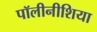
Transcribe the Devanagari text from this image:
पॉलीनीशिया